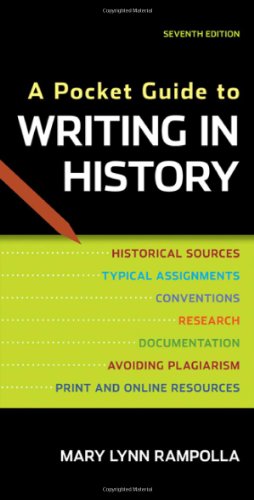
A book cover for A Pocket Guide to Writing in History; Mary Lynn Rampolla; History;